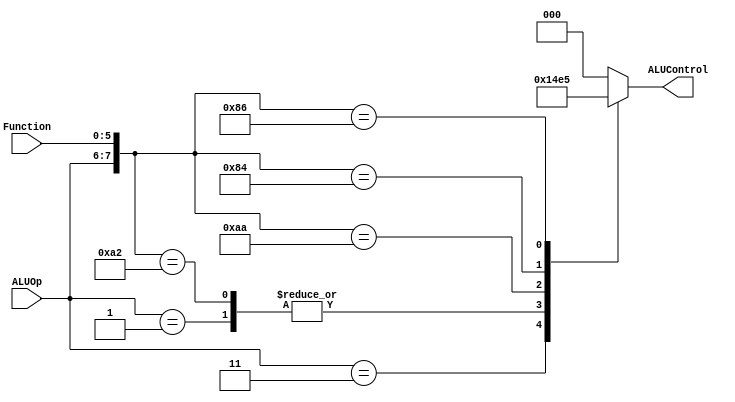
`timescale 1 ps / 100 fs
// fpga4student.com: FPGA projects, Verilog Projects, VHDL projects
// Verilog project: 32-bit 5-stage Pipelined MIPS Processor in Verilog 
// ALU Control unit
module ALUControl_Block( ALUControl, ALUOp, Function);
output [2:0] ALUControl;
reg [2:0] ALUControl;
input [1:0] ALUOp;
input [5:0] Function;
wire [7:0] ALUControlIn;
assign ALUControlIn = {ALUOp,Function};
always @(ALUControlIn)
casex (ALUControlIn)
 8'b11xxxxxx: ALUControl=3'b001;
 8'b00xxxxxx: ALUControl=3'b000;
 8'b01xxxxxx: ALUControl=3'b010;
 8'b10100000: ALUControl=3'b000;
 8'b10100010: ALUControl=3'b010;
 8'b10101010: ALUControl=3'b011;
 8'b10000100: ALUControl=3'b100;
 8'b10000110: ALUControl=3'b101;
 default: ALUControl=3'b000;
 endcase
endmodule